[Report on the health of British troops in the Madras command]
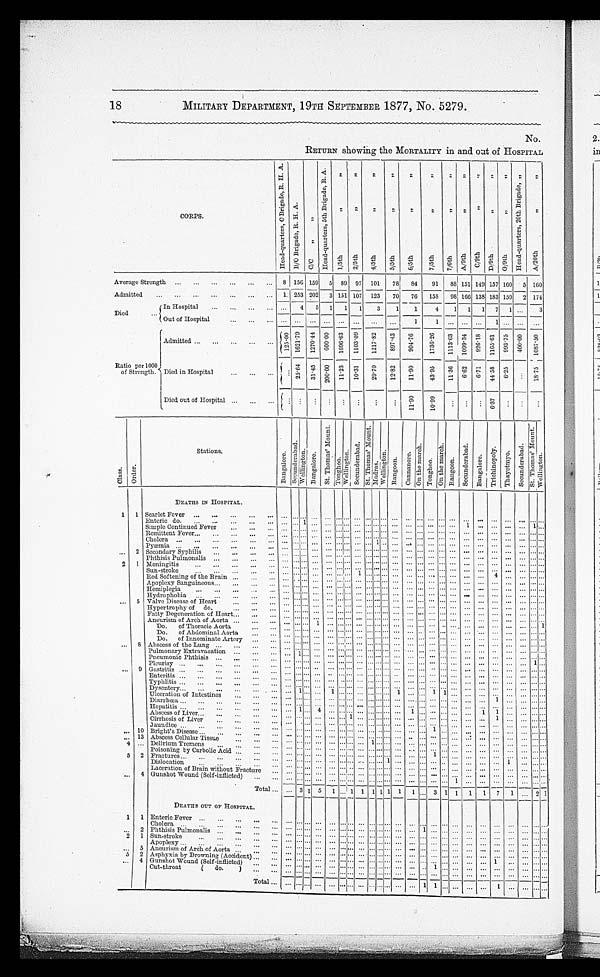
18
MILITARY DEPARTMENT, 19TH SEPTEMBER 1877, No. 5279.
No.
RETURN showing the MORTALITY in and out of HOSPITAL
C O R P S .
H e a d - q u a r t e r s , C B r i g a d e , R . H . A .
B / C B r i g a d e , R . H . A .
C / C " "
H e a d - q u a r t e r s , 5 t h B r i g a d e , R . A .
1 / 5 t h " " 2 / 5 t h " "
4 / 5 t h " " 5 / 5 t h " "
6 / 5 t h " "
7 / 5 t h " " 7 / 6 t h " " A / 9 t h " "
C/ 9 t h " "
D / 9 t h " "
G / 9 t h " "
H e a d - q u a r t e r s , 2 0 t h B r i g a d e , "
A / 2 0 t h " "
Average Strength
8 156 159 5 89 97 101
78
84
91
88 1 5 1 149 157 160 5 160
Admitted
1. 253 202 3 151 107 123
70
76
158
98 166 138 183 159 2 174
Died
In Hospital
. . .
4
5 1
1
1
3
1
1
4
1 1 1 7 1 ...
3
Out of Hospital
... ... ... ... ... ...
...
...
1 1
...
. . .
. . . 1
. . .
. . .
. . .
Ratio per 1000
of Strength.
Admitted
1 2 5 . 0 0 1 6 2 1 . 7 9
1 2 7 0 . 4 4
6 0 0 . 0 0 1696. 63
1 1 0 3 . 0 9
1 2 1 7 . 8 2 8 9 7 . 4 3
9 0 4 . 7 6
1 7 3 6 . 2 6
1 1 1 3 . 6 3
1 0 9 9 . 3 4 9 2 6 . 1 8
1 1 6 5 . 6 1 993. 75
400. 00
1 0 8 7 . 5 0
Died in Hospital
...
2 5 . 6 4
3 1 . 4 5
2 0 0 . 0 0 11. 23
1 0 . 3 1
2 9 . 7 0 1 2 . 8 0
1 1 . 9 0
4 3 . 9 5
1 1 . 3 6
6 . 6 2 6. 71
4 4 . 5 8 6. 25
. . .
1 8 . 7 5
Died out of Hospital
....
. . . . . .
. . .
. . .
. . .
. . . .
. . .
1 1 . 9 0
1 0 . 9 9
...
. . . . . .
6 . 3 7 ...
. . .
. . .
C l a s s .
Order.
Stations.
DEATHS IN HOSPITAL.
B a n g a l o r e .
S e c u n d e r a b a d .
W e l l i n g t o n . B a n g a l o r e .
S t . T h o m a s ' M o u n t .
T o n g h o o .
W e l l i n g t o n . S e c u n d e r a b a d .
S t . T h o m a s M o u n t .
M a d r a s .
W e l l i n g t o n .
R a n g o o n . C a n n a n o r e .
On t h e ma r c h .
T o n g h o o
O n t h e m a r c h .
R a n g o o n .
S e c u n d e r a b a d .
B a n g a l o r e .
T r i c h i n o p o l y .
T h a y e t m y o .
S e c u n d e r a b a d .
S t . T h o m a s ' M o u n t .
W e l l i n g t o n .
1 1 Scarlet Fever
. . . . . . . . .
. . . . . . . . . . . . . . . ... . . . . . . . . . . . . ...
. . . . . . . . .
. . . . . .
. . .
. . .
. . .
... . . .
Enteric do.
. . . . . . 1
. . .
. . . . . . . . .
. . .
... . . . . . .
. . . . . . ... . . . . . . . . .
1
. . .
. . .
. . .
. . .
1 . . .
Simple Continued Fever
. . . . . . . . .
. . .
. . . . . . . . .
. . .
... . . . . . .
. . . . . . ...
. . . . . . . . .
. . . . . .
. . . . . .
. . . ... . . .
Remittent Fever
. . . . . . . . .
. . . . . . . . . . . .
. . .
... . . . . . .
. . . . . . ...
. . . . . . . . .
. . .
. . .
. . .
. . . . . . ... . . .
Cholera
. . . . . . . . .
. . .
. . . . . . . . .
. . .
... 1 . . .
. . . . . . ...
. . . . . . . . .
. . .
. . .
. . .
. . .
. . . ... . . .
Pyæmia
. . . . . . . . .
. . . . . . . . . . . .
. . . ... . . . . . .
. . . . . . ...
. . . . . .
. . .
. . . . . .
. . .
. . .
. . . ... . . .
. . . 2 Secondary Syphilis
. . . . . . . . .
. . .
. . . . . . . . .
. . .
... . . . . . .
. . . . . . ...
. . . . . .
. . .
. . .
. . . . . .
. . .
. . . ... . . .
Phthisis Pulmonalis
...
...
...
...
...
...
...
...
...
...
...
...
...
...
...
...
...
...
...
...
...
...
...
...
...
...
...
...
...
...
...
...
...
...
...
...
...
...
...
...
...
...
...
...
...
...
...
...
...
...
...
...
...
...
...
...
...
...
...
...
...
...
...
...
...
...
...
...
...
...
...
...
2 1 Meningitis
...
...
...
...
...
...
...
...
...
...
...
...
...
...
...
...
...
...
...
...
...
...
...
...
...
...
...
...
...
...
...
...
...
...
...
...
...
...
...
...
...
...
...
...
...
...
...
...
...
...
...
...
...
...
...
...
...
...
...
...
...
...
...
...
...
...
...
...
...
...
...
...
...
...
...
Sun-stroke
...
...
...
...
...
...
...
...
...
...
...
...
... ...
...
...
...
1
...
...
...
...
...
...
...
...
...
...
...
...
...
...
...
...
...
...
...
...
...
...
...
...
...
...
...
...
...
...
...
...
...
...
...
...
4
... ...
...
...
...
...
...
...
...
...
...
...
...
Red Softening of the Brain
...
...
...
...
...
...
...
...
...
...
...
...
. . . . . . . . .
. . . ... . . . . . .
. . .
. . .
...
. . . . . .
. . .
. . .
. . .
. . . . . .
. . .
... . . .
Apoplexy Sanguineous
. . . . . . . . .
. . .
. . . . . . . . .
. . . ... . . . . . .
. . .
. . . ... . . . . . .
. . .
. . .
. . .
. . .
. . .
. . . ... . . .
Hemiplegia
. . . . . . . . .
...
. . . . . . . . .
. . .
... . . . . . .
. . .
. . . ... . . . . . .
. . .
. . .
. . .
. . .
. . .
. . .
... . . .
Hydrophobia
. . . . . . . . .
...
. . . . . . . . .
. . .
... . . . . . .
. . .
. . .
...
. . . . . .
. . .
. . .
. . .
. . . . . .
. . .
... . . .
. . . 5 Valve Disease of Heart
. . . . . . . . .
...
. . . . . . . . .
. . .
... . . . . . .
. . .
. . .
...
. . . . . .
. . .
. . .
. . .
. . .
. . .
. . .
... . . .
Hypertrophy of do.
. . . . . . . . .
. . .
. . . . . . . . .
. . .
... . . . . . .
. . .
. . .
...
. . . . . .
. . .
. . .
. . .
. . .
. . .
. . . ... . . .
Fatty Degeneration of Heart
. . . . . . . . .
. . .
. . . . . . . . .
. . . . . . . . . . . .
. . .
. . . ... . . . . . .
. . .
. . .
. . .
. . .
. . .
. . . ... . . .
Aneurism of Arch of Aorta
. . . . . . . . .
1
. . . . . . . . .
. . . . . . . . . . . .
...
. . . ... . . . . . .
. . .
. . .
. . .
. . .
. . .
. . . ... . . .
Do. of Thoracic Aorta
. . . . . . . . .
. . .
. . . . . . . . .
. . .
... . . . . . .
. . .
. . .
...
. . . . . .
...
. . .
. . .
. . .
. . .
. . . ... . . .
Do. of Abdominal Aorta
. . . . . . . . .
...
. . . . . . . . .
. . .
... . . . . . .
...
. . .
...
. . . . . .
. . .
. . .
. . .
. . .
. . .
. . . ... 1
Do. of Innomnate Artery
. . . . . . . . .
. . .
. . . . . . . . .
. . .
... . . . . . .
. . .
. . . ... . . . . . .
...
. . .
. . .
. . .
. . .
. . .
... . . .
. . . 8 Abscess of the Lung
. . . . . . . . .
...
. . . . . . . . .
. . .
... . . . . . .
. . .
. . .
...
. . . . . .
. . .
. . .
. . .
. . .
. . .
. . . ... . . .
Pulmonary Extravasation ...
1
... ... ... ... ... ... ... ... ... ... ... ... ... ... ... ... ... ... ... ... ... ...
Pneumonic Phthisis
. . . . . . . . .
. . .
. . . . . . . . .
. . .
... . . . . . .
. . .
. . .
...
. . . . . .
. . .
. . .
. . .
. . .
. . .
. . .
1 . . .
Pleurisy
. . . . . . . . .
. . .
. . . . . . . . .
. . . . . . . . . . . .
. . . . . . ...
. . . . . .
. . .
. . .
. . .
. . .
. . .
. . .
... . . .
. . .
9 Gastritis
. . . . . . . . .
. . .
. . . . . . . . .
. . . . . . . . . . . .
. . .
. . . ... . . . . . .
. . .
. . .
. . .
. . .
. . .
. . .
... . . .
Enteritis
. . . . . . . . .
. . .
. . . . . . . . .
. . .
... . . . . . .
. . .
. . .
...
. . . . . .
. . .
. . .
. . .
. . .
. . .
. . . ... . . .
Typhlitis
. . . . . . . . .
. . .
. . . . . . . . .
. . .
... . . . . . .
. . .
. . .
... . . .
. . .
...
. . .
. . .
. . .
. . .
. . . ... . . .
Dysentery
. . . 1 . . .
. . .
1 . . . . . .
... ... . . . . . .
1
. . .
... 1 1
. . .
. . .
. . .
. . .
. . .
. . . ... . . .
Ulceration of Intestines
. . . . . . . . .
. . .
. . . . . . . . .
. . .
... . . . . . .
. . .
. . .
... . . .
. . .
. . .
. . .
. . .
1
. . .
. . . ... . . .
Diarrhœa
. . . . . . . . .
. . .
. . . . . . . . .
. . .
... . . . . . . ...
. . .
... . . .
. . .
...
. . .
. . .
. . .
. . .
. . .
... . . .
Hepatitis
. . . 1 . . .
4
. . . . . . . . .
. . .
... . . . . . .
. . .
1 ... . . . . . .
. . .
. . .
1
1
. . .
. . .
... . . .
Abscess of Liver
. . . . . . . . .
...
. . . . . . 1
. . .
... . . . . . .
. . .
. . .
... . . . . . .
. . .
. . .
. . .
1
. . .
. . .
... . . .
Cirrhosis of Liver
. . . . . . . . .
...
. . . . . . . . .
. . .
... . . . . . .
. . .
. . .
... . . .
. . .
...
. . .
. . .
. . .
. . .
. . . . . . . . .
Jaundice
. . . . . . . . .
. . .
. . . . . . . . .
. . .
... . . . . . .
. . .
. . .
... 1 . . .
...
. . .
. . .
. . .
. . .
. . .
... . . .
. . . 10 Bright's Disease
. . . . . . . . .
. . .
. . . . . . . . .
. . .
... . . . . . . ...
. . .
... . . .
. . .
. . .
. . .
. . .
. . .
. . .
. . .
... . . .
. . .
13
Abscess Cellular Tissue
. . . . . . . . .
. . .
. . . . . . . . .
. . .
1 . . . . . .
. . .
. . .
... . . . . . .
. . .
. . .
. . .
. . .
. . .
. . .
... . . .
4 ...
Delirium Tremens
. . . . . . . . .
. . .
. . . . . . . . .
. . .
... . . . . . .
. . .
. . .
... . . . . . .
. . .
. . .
. . .
. . .
. . .
. . .
... . . .
Poisoning by Carbolic Acid.
. . . . . . . . .
. . .
. . . . . . . . .
. . .
... . . . . . .
. . . . . . ... 1 . . .
. . .
. . .
. . .
. . .
. . .
. . .
... . . .
5 2
Fractures
. . . . . . . . .
. . .
. . . . . . . . .
. . .
... . . . 1
. . .
. . .
... . . .
. . .
. . .
. . .
. . .
. . .
1
. . .
... . . .
Dislocation
. . . . . . . . .
. . .
. . . . . . . . .
. . .
... . . . . . .
. . .
. . .
... . . . . . .
. . .
. . .
. . .
. . .
. . .
. . .
... . . .
Laceration of Brain without Fracture
. . . . . . . . .
. . .
. . . . . . . . .
. . .
... . . . . . .
. . .
. . .
... . . . . . .
. . .
. . .
. . .
. . .
. . .
. . .
... . . .
. . . 4
Gunshot Wound (Self-inflicted)
. . .
. . . . . .
. . .
. . . . . . . . .
. . .
... . . . . . .
. . .
. . .
... . . . . . .
1
. . .
. . .
. . . . . .
. . .
... . . .
Total
. . . 3 1 5
1 . . . 1 1 1 1 1 1
1 ... 3 1 1 1
1
7
1 . . . 2 1
DEATHS OUT OF HOSPITAL.
1 1 Enteric Fever
. . . . . . . . .
. . . . . .
. . . . . .
... ... . . . . . .
. . . . . . ... . . . . . .
. . .
...
. . .
. . .
. . . . . . ... . . .
Cholera
. . . . . . . . .
. . . . . .
. . . . . . ... ... . . . . . .
...
. . . 1
. . . . . .
. . .
...
. . .
. . .
. . .
. . .
... . . .
. . .
2
P h t h i s i s P u l m o n a l i s
. . . . . . . . .
. . . . . . . . . . . .
... ... . . . . . .
. . . . . . ... . . . . . .
. . .
...
. . .
. . .
. . .
. . .
... . . .
2 1
Sun-stroke
. . . . . . . . .
. . . . . . . . . . . .
. . .
... . . . . . .
. . .
. . .
... . . . . . .
. . .
...
. . .
. . .
. . .
. . .
... . . .
Apoplexy
. . . . . . . . .
. . . . . . . . . . . .
. . .
... . . . . . .
...
. . . ... . . . . . .
. . .
. . .
. . .
. . .
. . .
. . .
... . . .
Aneurism of Arch of Aorta
. . . . . . . . .
. . . . . .
. . . . . .
. . .
... . . . . . .
. . . . . . ... . . . . . .
. . .
. . .
. . .
. . .
. . .
. . .
... . . .
5 2
As phyxi a by Dr owni ng ( Ac c i de nt ) . . . . . . . . .
. . . . . . . . . . . .
... ... . . . . . .
. . . . . . ...
. . . . . .
. . .
. . .
. . .
1
. . .
. . .
... . . .
. . .
4
Gunshot Wound ( Sel f - i nf l i ct ed) . . . . . . . . .
. . . . . . . . . . . .
... ... . . . . . .
. . . . . . ...
1 . . .
. . .
. . . . . . ...
. . .
. . .
... . . .
...
Cut-throat ( do. )
. . .
. . . . . . ...
. . . . . .
. . .
...
... . . .
. . .
. . .
. . . ... . . .
. . .
. . .
...
. . . ...
. . .
. . .
... . . .
T o t a l . . . . . . . . .
...
. . . . . . . . .
... ... . . . . . .
. . .
. . .
1
1
. . .
. . .
...
. . . 1
. . .
. . .
... . . .